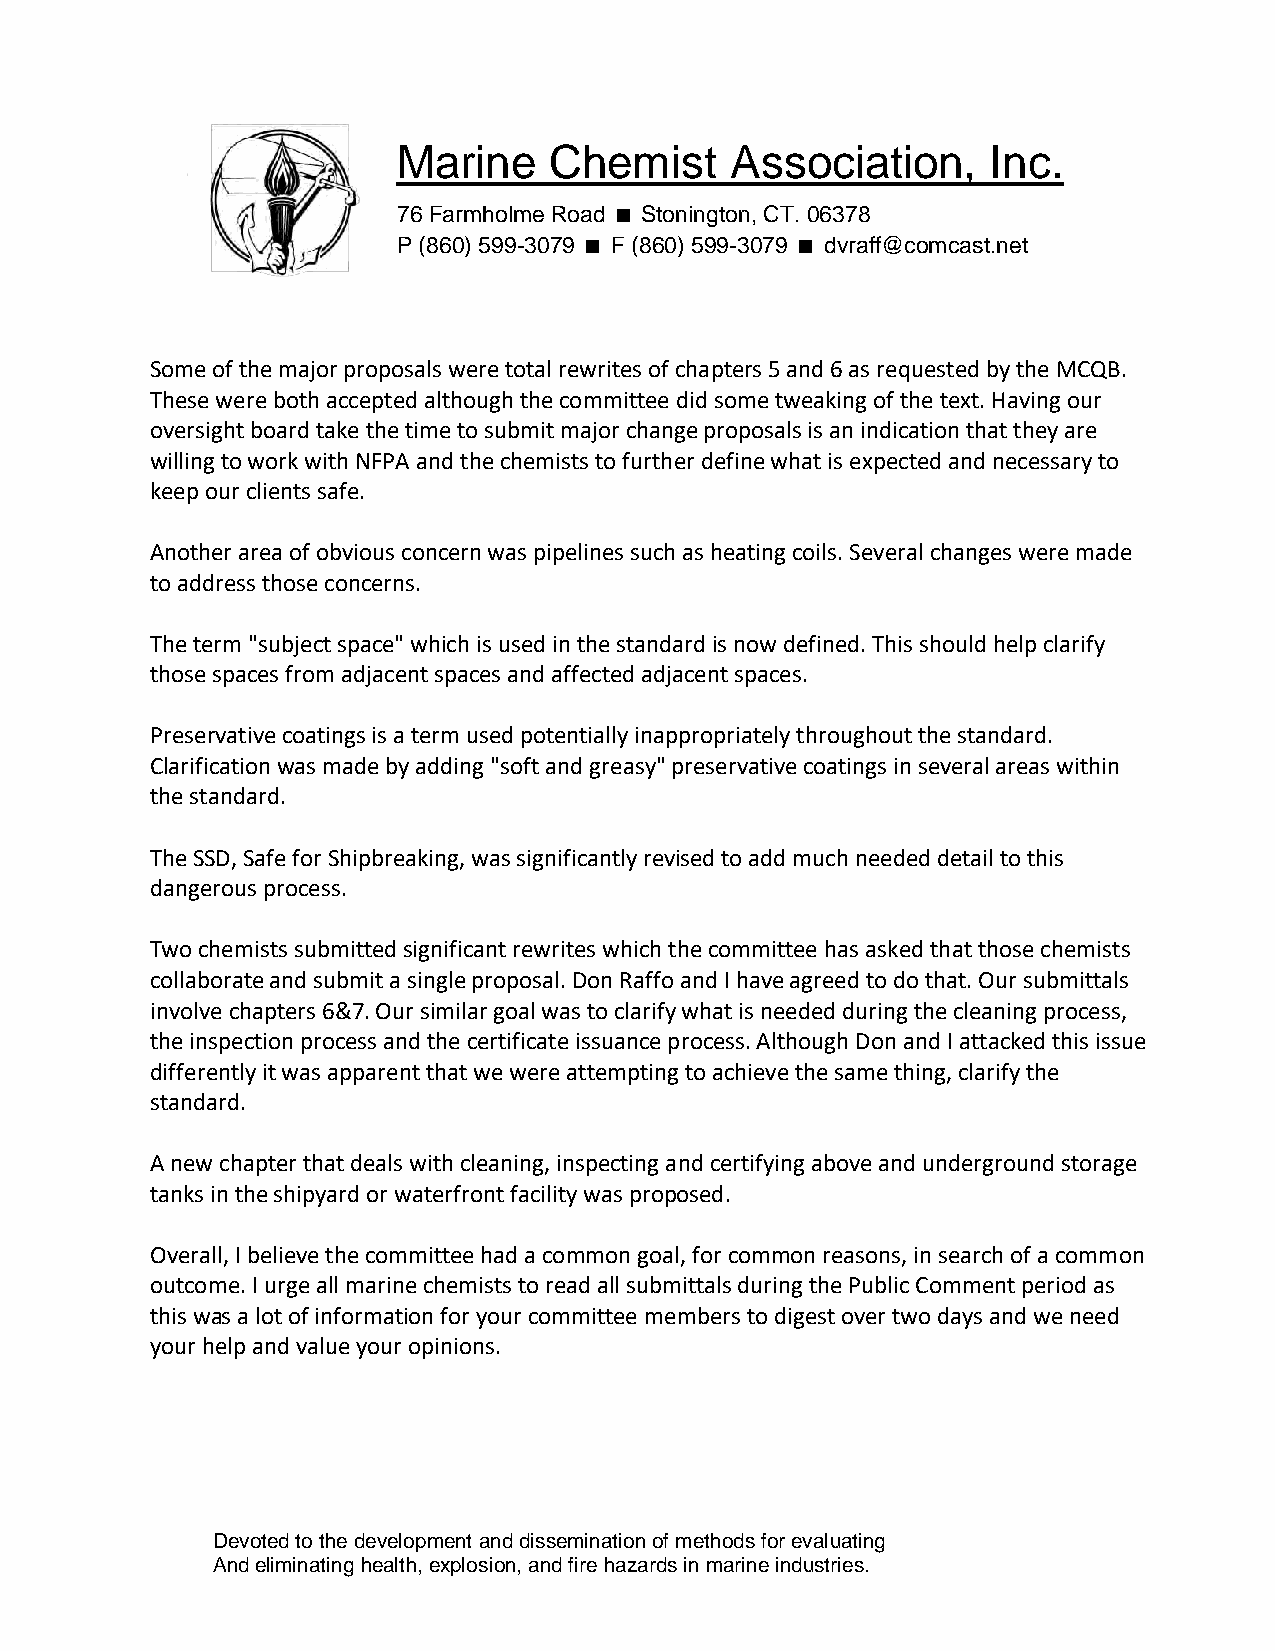
Marine    Chemist     Association,      Inc.
 76 Farmholme Road Stonington, CT. 06378
 P (860) 599-3079 F (860) 599-3079 dvraff@comcast.net
 Some of the major proposals were total rewrites of chapters 5 and 6 as requested by the MCQB.
 These were both accepted although the committee did some tweaking of the text. Having our
 oversight board take the time to submit major change proposals is an indication that they are
 willing to work with NFPA and the chemists to further define what is expected and necessary to
 keep our clients safe.
 Another area of obvious concern was pipelines such as heating coils. Several changes were made
 to address those concerns.
 The term "subject space" which is used in the standard is now defined. This should help clarify
 those spaces from adjacent spaces and affected adjacent spaces.
 Preservative coatings is a term used potentially inappropriately throughout the standard.
 Clarification was made by adding "soft and greasy" preservative coatings in several areas within
 the standard.
 The SSD, Safe for Shipbreaking, was significantly revised to add much needed detail to this
 dangerous process.
 Two chemists submitted significant rewrites which the committee has asked that those chemists
 collaborate and submit a single proposal. Don Raffo and I have agreed to do that. Our submittals
 involve chapters 6&7. Our similar goal was to clarify what is needed during the cleaning process,
 the inspection process and the certificate issuance process. Although Don and I attacked this issue
 differently it was apparent that we were attempting to achieve the same thing, clarify the
 standard.
 A new chapter that deals with cleaning, inspecting and certifying above and underground storage
 tanks in the shipyard or waterfront facility was proposed.
 Overall, I believe the committee had a common goal, for common reasons, in search of a common
 outcome. I urge all marine chemists to read all submittals during the Public Comment period as
 this was a lot of information for your committee members to digest over two days and we need
 your help and value your opinions.
 Devoted to the development and dissemination of methods for evaluating
 And eliminating health, explosion, and fire hazards in marine industries.